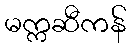
မက္ကဆီကန်